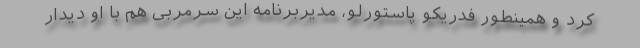
کرد و همینطور فدریکو پاستورلو، مدیربرنامه این سرمربی هم با او دیدار